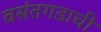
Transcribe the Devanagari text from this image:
वसंतगडाची